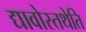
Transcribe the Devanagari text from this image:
द्यावोस्तथेति